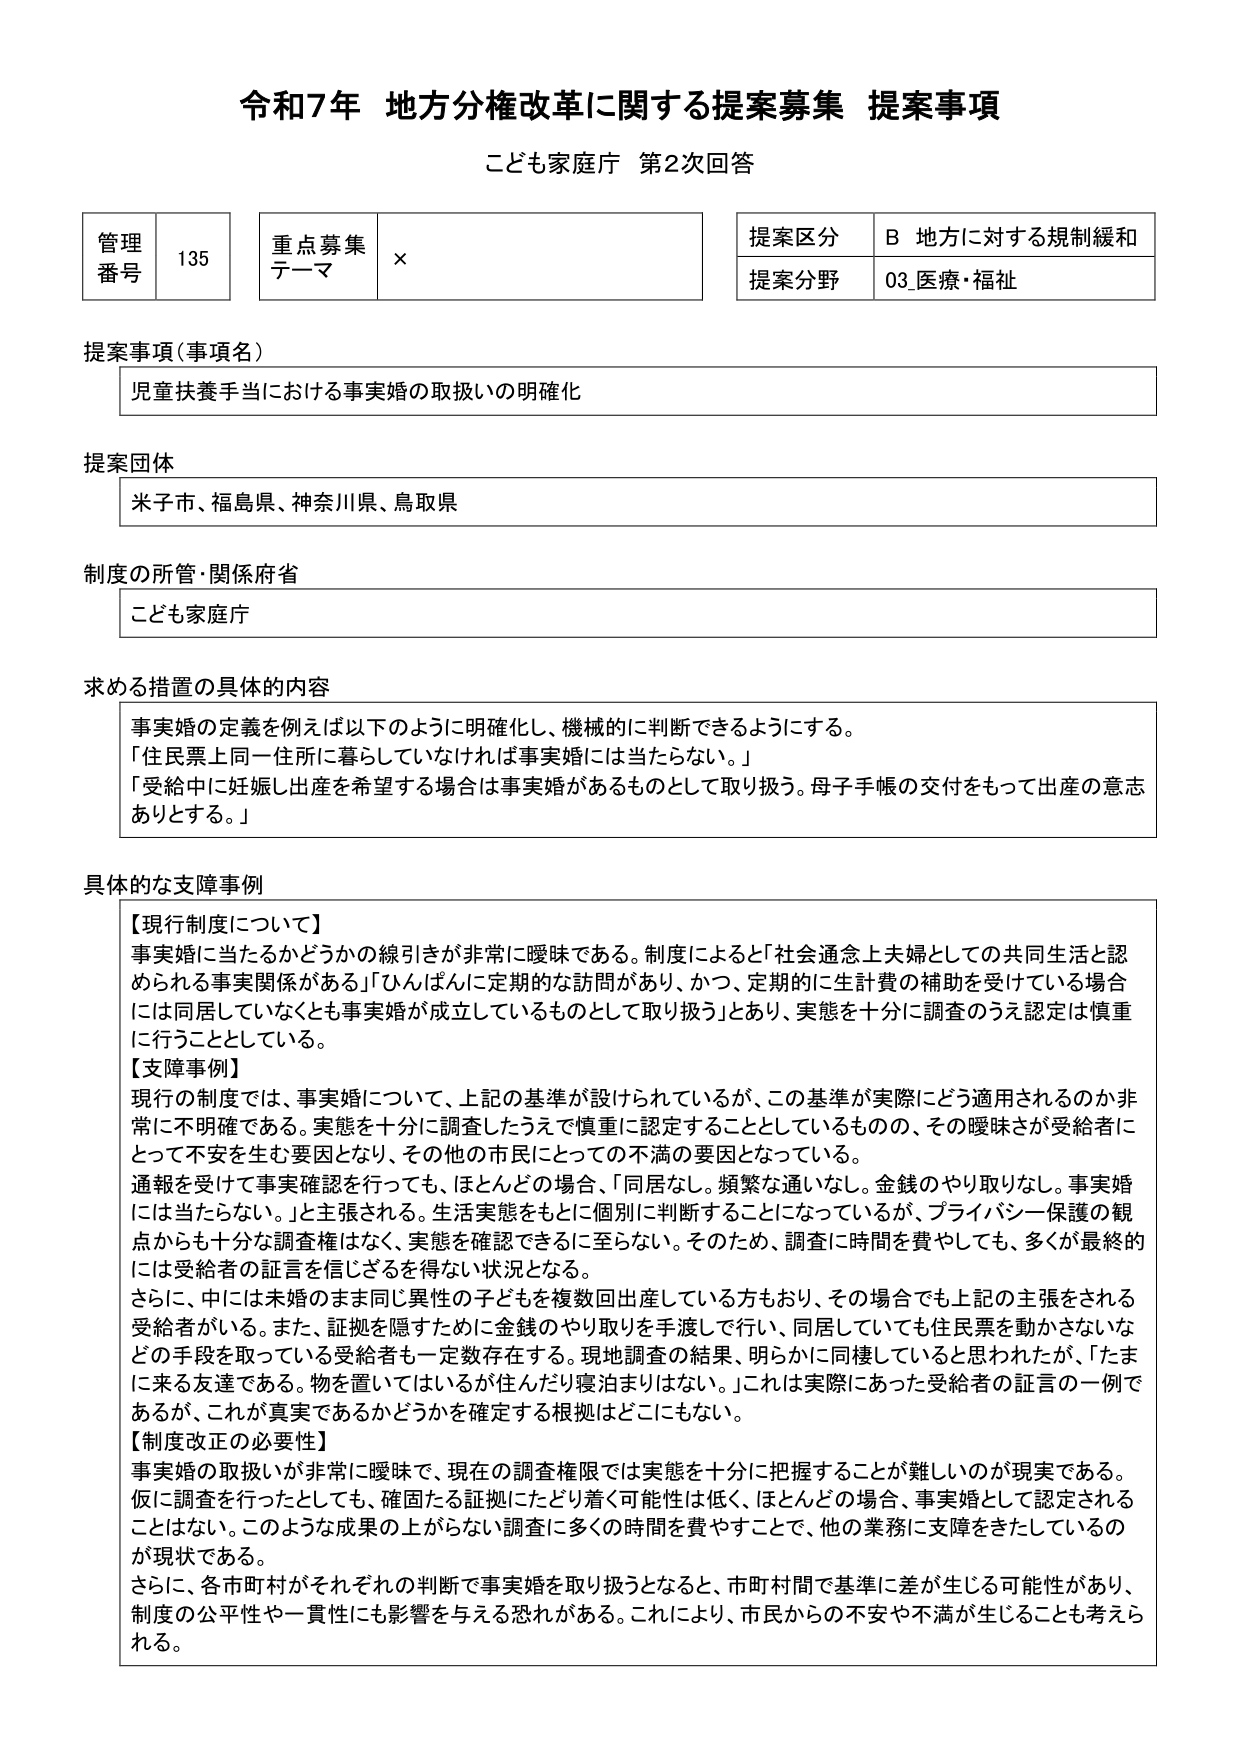
令和7年 地方分権改革に関する提案募集 提案事項
こども家庭庁 第2次回答

管理番号 135
重点募集テーマ ×
提案区分 B 地方に対する規制緩和
提案分野 03_医療・福祉

提案事項（事項名）
児童扶養手当における事実婚の取扱いの明確化

提案団体
米子市、福島県、神奈川県、鳥取県

制度の所管・関係府省
こども家庭庁

求める措置の具体的な内容
事実婚の定義を例えば以下のように明確化し、機械的に判断できるようにする。
「住民票上同一住所に暮らしていなければ事実婚には当たらない。」
「受給中に妊娠し出産を希望する場合は事実婚があるものとして取り扱う。母子手帳の交付をもって出産の意志ありとする。」

具体的な支障事例
【現行制度について】
事実婚に当たるかどうかの線引きが非常に曖昧である。制度によると「社会通念上夫婦としての共同生活と認められる事実関係がある」「ひんぱんに定期的な訪問があり、かつ、定期的に生計費の補助を受けている場合には同居していなくとも事実婚が成立しているものとして取り扱う」とあり、実態を十分に調査のうえ認定は慎重に行うこととしている。

【支障事例】
現行の制度では、事実婚について、上記の基準が設けられているが、この基準が実際にどう適用されるのか非常に不明確である。実態を十分に調査したうえで慎重に認定することとしているものの、その曖昧さが受給者にとって不安を生む要因となり、その他の市民にとっての不満の要因となっている。
通報を受けて事実確認を行っても、ほとんどの場合、「同居なし。頻繁な通いなし。金銭のやり取りなし。事実婚には当たらない。」と主張される。生活実態をもとに個別に判断するようになっているが、プライバシー保護の観点からも十分な調査権はなく、実態を確認できるに至らない。そのため、調査に時間を費やしても、多くが最終的には受給者の証言を信じざるを得ない状況となる。
さらに、中には未婚のまま同じ異性の子どもを複数回出産している方もおり、その場合でも上記の主張をされる受給者がいる。また、証拠を隠すために金銭のやり取りを手渡しで行い、同居していても住民票を動かさないなどの手段を取っている受給者も一定数存在する。現地調査の結果、明らかに同棲していると思われたが、「たまに来る友達である。物を置いてはいるが住んだり寝泊まりはない。」これは実際にあった受給者の証言の一例であるが、これが真実であるかどうかを確定する根拠はどこにもない。

【制度改正の必要性】
事実婚の取扱いが非常に曖昧で、現在の調査限界では実態を十分に把握することが難しいのが現実である。仮に調査を行ったとしても、確固たる証拠にたどり着く可能性は低く、ほとんどの場合、事実婚として認定されることはしない。このような成果の上がらない調査に多くの時間を費やすことで、他の業務に支障をきたしているのが現状である。
さらに、各市町村がそれぞれの判断で事実婚を取り扱うとなると、市町村間で基準に差が生じる可能性があり、制度の公平性や一貫性にも影響を与える恐れがある。これにより、市民からの不安や不満が生じることも考えられる。